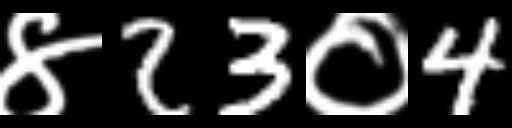
Text: ४23०4